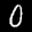
Label: 0